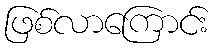
ဖြစ်လာကြောင်း